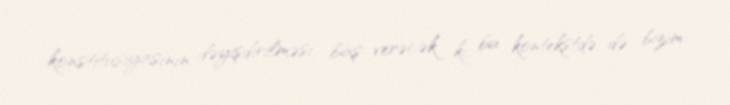
konstitusiyasının dəyişdirilməsi baş verəcək ki, bu kontekstdə də bizim